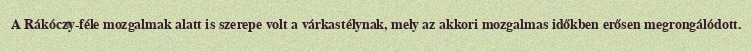
A Rákóczy-féle mozgalmak alatt is szerepe volt a várkastélynak, mely az akkori mozgalmas időkben erősen megrongálódott.